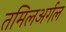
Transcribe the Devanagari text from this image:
तमिलअर्गल